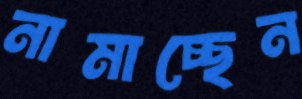
নামাচ্ছেন